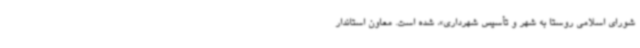
شورای اسلامی روستا به شهر و تأسیس شهرداری»، شده است. معاون استاندار